Civil Veterinary Department. Central Provinces & Berar 1932-41 - 1932-1941
Year: 1932
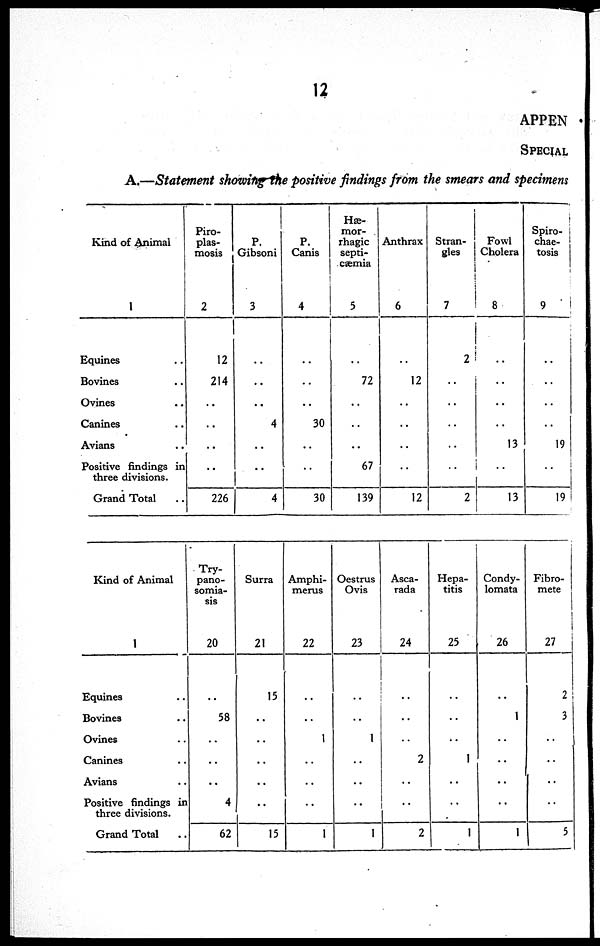
12
APPEN
SPECIAL
A.—Statement showing the positive findings from the smears and specimens
Kind of Animal
1
Equines
Bovines
Ovines
Canines
Avians
Positive findings in
three divisions.
Grand Total
Piro-
plas-
mosis
2
12
214
..
..
..
..
226
P.
Gibsoni
3
..
..
..
4
..
..
4
P.
Canis
4
..
..
..
30
..
..
30
Hæ-
mor-
rhagic
septi-
cæmia
5
..
72
..
..
..
67
139
Anthrax
6
..
12
..
..
..
..
12
Stran-
gles
7
2
..
..
..
..
..
2
Fowl
Cholera
8
..
..
..
..
13
..
13
Spiro-
chae-
tosis
9
..
..
..
..
19
..
19
Kind of Animal
1
Equines
Bovines
Ovines
Canines
Avians
Positive findings in
three divisions.
Grand Total
Try-
pano-
somia-
sis
20
..
58
..
..
..
4
62
Surra
21
15
..
..
..
..
..
15
Amphi-
merus
22
..
..
1
..
..
..
1
Oestrus
Ovis
23
..
..
1
..
..
..
1
Asca-
rada
24
..
..
..
2
..
..
2
Hepa-
titis
25
..
..
..
1
..
..
1
Condy-
lomata
26
..
1
..
..
..
..
1
Fibro-
mete
27
2
3
..
..
..
..
5